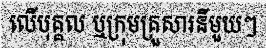
លើបុគ្គល ឬក្រុមគ្រួសារនីមួយៗ